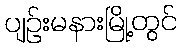
ပျဉ်းမနားမြို့တွင်